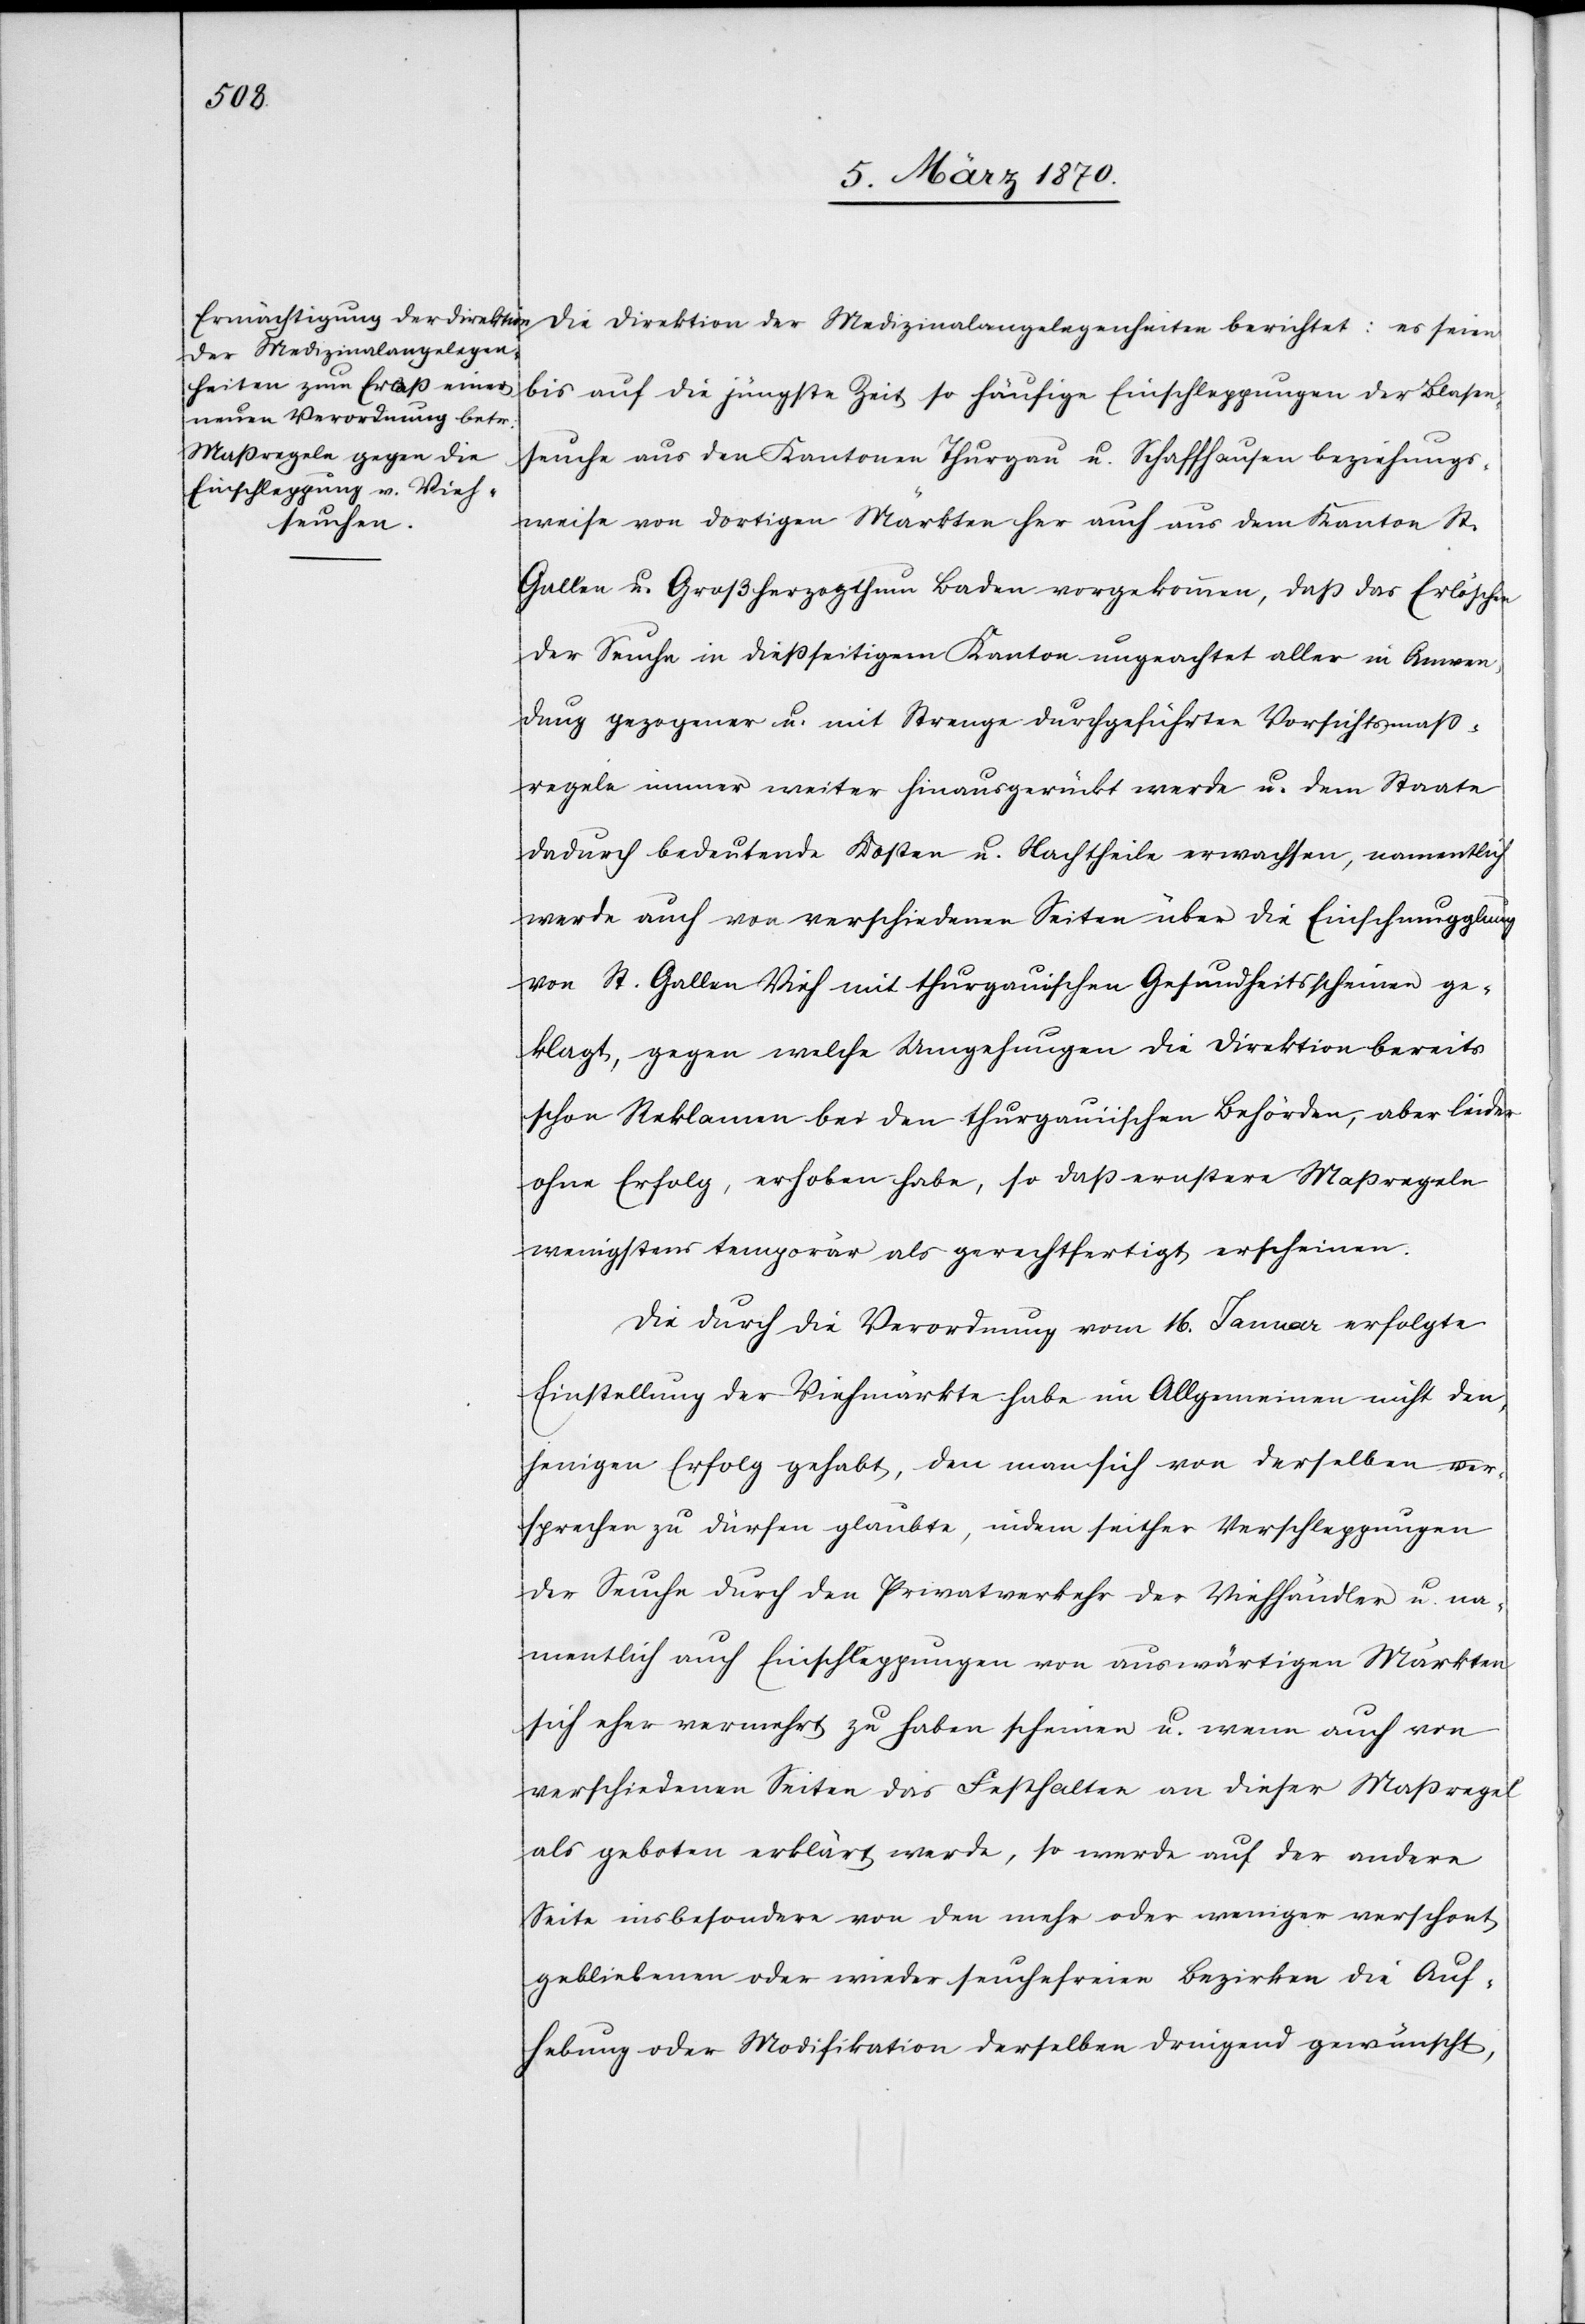
Die Direktion der Medizinalangelegenheiten berichtet: [sic!] es seien
bis auf die jüngste Zeit so häufige Einschleppungen der Blasen¬
seuche aus den Kantonen Thurgau u. Schaffhausen beziehungs¬
weise von dortigen Märkten her auch aus dem Kanton St.
Gallen u. Großherzogthum Baden vorgekommen, daß das Erlöschen
der Seuche in dießseitigem Kanton ungeachtet aller in Anwen¬
dung gezogener u. mit Strenge durchgeführter Vorsichtsmaß¬
regeln immer weiter hinausgerückt werde u. dem Staate
dadurch bedeutende Kosten u. Nachtheile erwachsen, namentlich
werde auch von verschiedenen Seiten über die Einschmugglung
von St. Gallen Vieh mit thurgauischen Gesundheitsscheinen ge¬
klagt, gegen welche Umgehungen die Direktion bereits
schon Reklamen bei den thurgauischen Behörden, aber leider
ohne Erfolg, erhoben habe, so daß ernstere Maßregeln
wenigstens temporär als gerechtfertigt erscheinen.
Die durch die Verordnung vom 16. Januar erfolgte
Einstellung der Viehmärkte habe im Allgemeinen nicht den¬
jenigen Erfolg gehabt, den man sich von derselben ver¬
sprechen zu dürfen glaubte, indem seither Verschleppungen
der Seuche durch den Privatverkehr der Viehhändler u. na¬
mentlich auch Einschleppungen von auswärtigen Märkten
sich eher vermehrt zu haben scheinen u. wenn auch von
verschiedenen Seiten das Festhalten an dieser Maßregel
als geboten erklärt werde, so werde auf der andern
Seite insbesondere von den mehr oder weniger verschont
gebliebenen oder wieder seuchefreien Bezirken die Auf¬
hebung oder Modifikation derselben dringend gewünscht,